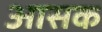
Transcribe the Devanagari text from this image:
आसक